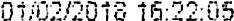
01/02/2018 16:22:05